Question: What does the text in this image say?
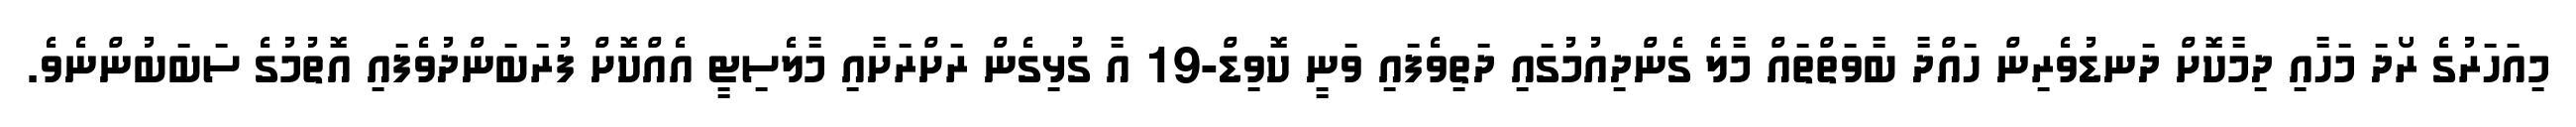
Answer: މިއަހަރުގެ ރޯދަ މަހާއި ދިމާކޮށް ދަނޑުވެރިން ހައްދާ ބާވަތްތައް މާލެ ގެންދިއުމުގައި ދަތިވެފައި ވަނީ ކޮވިޑް-19 އާ ގުޅިގެން ރަށްރަށާއި މާލެސިޓީ އެއްކޮށް ފުރަބަންދުވެފައި އޮތުމުގެ ސަބަބުންނެވެ.